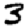
Digit: 3